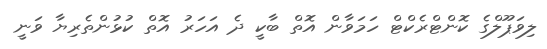
ލިވަޕޫލްގެ ކޮންޓްރެކްޓް ހަމަވާން އޮތް ބާކީ ދެ އަހަރު އޮތް ކުޅުންތެރިޔާ ވަނީ